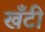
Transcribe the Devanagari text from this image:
खँटी